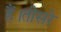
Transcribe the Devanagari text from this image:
हैं।तीसरे